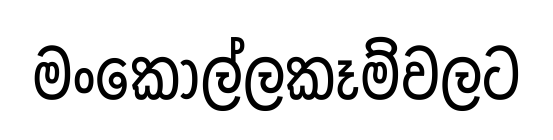
මංකොල්ලකෑම්වලට